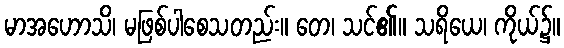
မာအဟောသိ၊ မဖြစ်ပါစေသတည်း။ တေ၊ သင်၏။ သရိယေ၊ ကိုယ်၌။